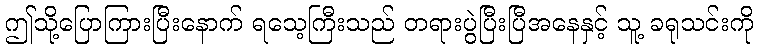
ဤသို့ပြောကြားပြီးနောက် ရသေ့ကြီးသည် တရားပွဲပြီးပြီအနေနှင့် သူ့ ခရုသင်းကို